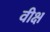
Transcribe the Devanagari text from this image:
वीक्ष